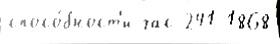
спосо́бност'и час 241 1868